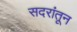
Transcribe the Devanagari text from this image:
सदरांतून